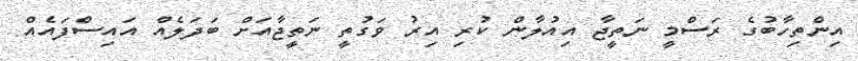
އިންތިހާބުގެ ރަސްމީ ނަތީޖާ އިއުލާން ކުރި އިރު ވަގުތީ ނަތީޖާއަށް ބަދަލެއް އައިސްފައެއް